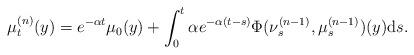
LaTeX: \begin{align*}\mu^{(n)}_t(y) = e^{-\alpha t}\mu_0(y) + \int_0^t \alpha e^{-\alpha (t-s)} \Phi(\nu^{(n-1)}_s, \mu^{(n-1)}_s)(y) \mathrm{d}s.\end{align*}